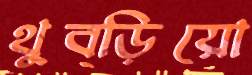
থুব্‌ড়িয়ো